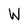
Character: W